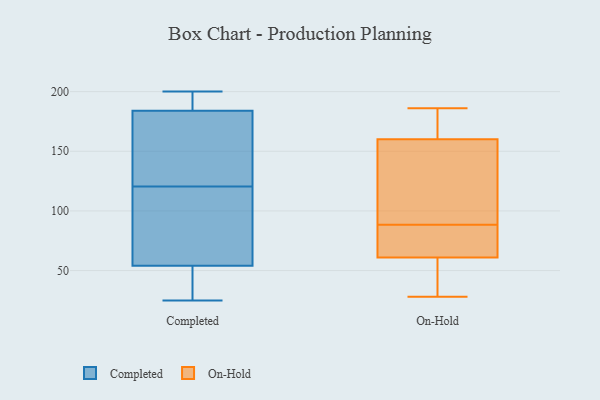
{"axis": {"x": "Tickets Resolved", "y": "Value"}, "legend": ["Completed", "On-Hold"], "data": [{"x": "", "y": 184, "type": "Completed"}, {"x": "", "y": 150, "type": "Completed"}, {"x": "", "y": 54, "type": "Completed"}, {"x": "", "y": 77, "type": "Completed"}, {"x": "", "y": 190, "type": "Completed"}, {"x": "", "y": 25, "type": "Completed"}, {"x": "", "y": 91, "type": "Completed"}, {"x": "", "y": 67, "type": "Completed"}, {"x": "", "y": 28, "type": "Completed"}, {"x": "", "y": 167, "type": "Completed"}, {"x": "", "y": 30, "type": "Completed"}, {"x": "", "y": 200, "type": "Completed"}, {"x": "", "y": 164, "type": "Completed"}, {"x": "", "y": 190, "type": "Completed"}, {"x": "", "y": 61, "type": "On-Hold"}, {"x": "", "y": 70, "type": "On-Hold"}, {"x": "", "y": 134, "type": "On-Hold"}, {"x": "", "y": 175, "type": "On-Hold"}, {"x": "", "y": 69, "type": "On-Hold"}, {"x": "", "y": 159, "type": "On-Hold"}, {"x": "", "y": 41, "type": "On-Hold"}, {"x": "", "y": 160, "type": "On-Hold"}, {"x": "", "y": 168, "type": "On-Hold"}, {"x": "", "y": 107, "type": "On-Hold"}, {"x": "", "y": 64, "type": "On-Hold"}, {"x": "", "y": 28, "type": "On-Hold"}, {"x": "", "y": 36, "type": "On-Hold"}, {"x": "", "y": 186, "type": "On-Hold"}]}